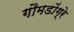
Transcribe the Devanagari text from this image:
गौमडोंग्रे